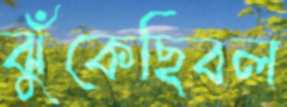
ঝুঁকেছিবল